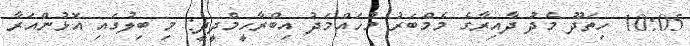
10:05 ހިތަދޫ މެދު ދާއިރާގެ މެމްބަރު މުހައްމަދު އިބްރާހީމްދީދީ: މި ބިލުގައި އޮޅުންއަރާ